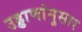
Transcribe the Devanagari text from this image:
उड्डाणांनुसार